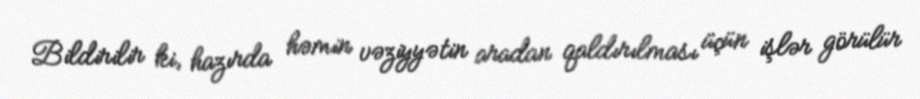
Bildirilir ki, hazırda həmin vəziyyətin aradan qaldırılması üçün işlər görülür